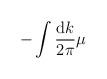
LaTeX: \begin{align*}- \int \frac{{\rm d}k}{2\pi} \mu\end{align*}